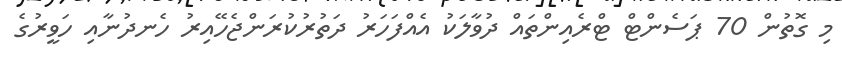
މި ގޮތުން 70 ޕަސެންޓް ޓްރެއިންތައް ދުވާލަކު އެއްފަހަރު ދަތުރުކުރަންޖެހޭއިރު ހެނދުނާއި ހަވީރުގެ